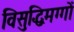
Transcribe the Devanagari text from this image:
विसुद्धिमग्गों